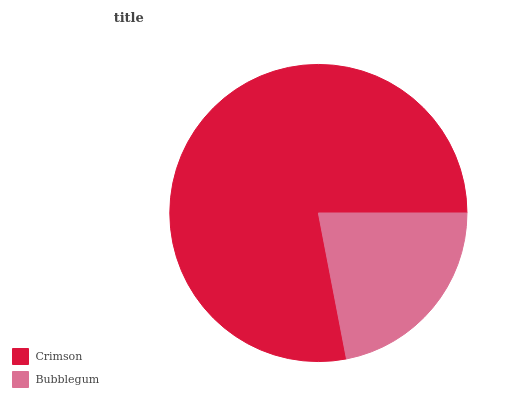
| Crimson | Bubblegum |
 | --- | --- |
 | 78% | 22% |